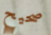
صحيح